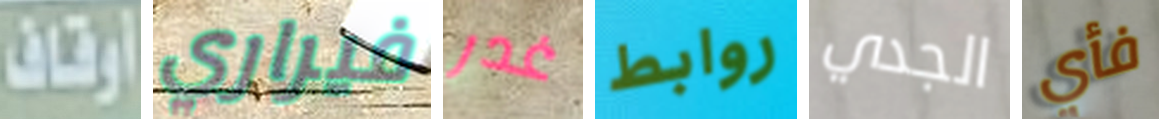
أوقاف فيراري غدر روابط الجدي فأي